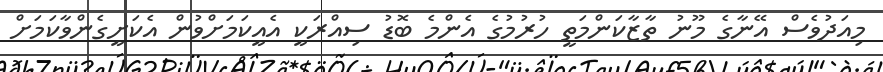
މިއަދުވެސް އޭނާގެ މޫނު ތާޒާކަންމަތީ ހުރުމުގެ އެންމެ ބޮޑު ސިއްރަކީ އެއީކަމަށްވުން އެކަށީގެންވާކަމަށް